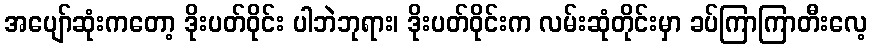
အပျော်ဆုံးကတော့ ဒိုးပတ်ဝိုင်း ပါဘဲဘုရား၊ ဒိုးပတ်ဝိုင်းက လမ်းဆုံတိုင်းမှာ ခပ်ကြာကြာတီးလေ့